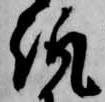
趣